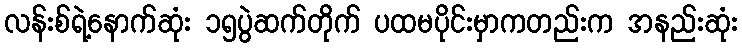
လန်းစ်ရဲ့နောက်ဆုံး ၁၅ပွဲဆက်တိုက် ပထမပိုင်းမှာကတည်းက အနည်းဆုံး